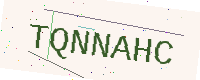
Text: TQNNAHC